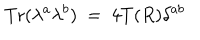
\mathrm { T r } ( \lambda ^ { a } \lambda ^ { b } ) ~ = ~ 4 T ( R ) \delta ^ { a b }